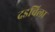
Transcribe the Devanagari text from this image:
दडविला